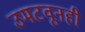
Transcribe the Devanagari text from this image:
उमटवूनही